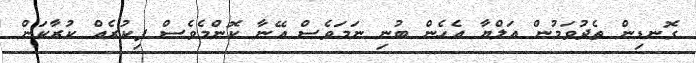
ގޮނޑިން ތެދުވަމުން އަލްޔާ އެހެން ބުނި ނަމަވެސް އޭނާ ކޮންމެވެސް ފިކުރެއް ކުރާކަން